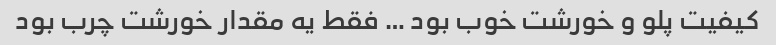
کیفیت پلو و خورشت خوب بود … فقط یه مقدار خورشت چرب بود